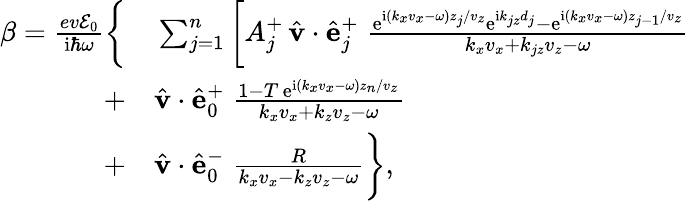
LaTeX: \begin{array}{rl}{\beta=\frac{ev\mathcal{E}_{0}}{\mathrm{i}\hbar\omega}\bigg\{ }&{{}\sum_{j=1}^{n}\bigg[A_{j}^{+}\, \hat{\mathbf v}\cdot\hat{\mathbf e}_{j}^{+}\; \frac{\mathrm{e}^{\mathrm{i}(k_{x}v_{x}-\omega)z_{j}/v_{z}}\mathrm{e}^{\mathrm{i}k_{jz}d_{j}}-\mathrm{e}^{\mathrm{i}(k_{x}v_{x}-\omega)z_{j-1}/v_{z}}}{k_{x}v_{x}+k_{jz}v_{z}-\omega}}\\ {+}&{{}\hat{\mathbf v}\cdot\hat{\mathbf e}_{0}^{+}\; \frac{1-T\, \mathrm{e}^{\mathrm{i}(k_{x}v_{x}-\omega)z_{n}/v_{z}}}{k_{x}v_{x}+k_{z}v_{z}-\omega}}\\ {+}&{{}\hat{\mathbf v}\cdot\hat{\mathbf e}_{0}^{-}\; \frac{R}{k_{x}v_{x}-k_{z}v_{z}-\omega}\bigg\} ,}\end{array}